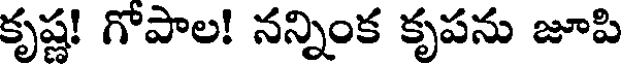
కృష్ణ! గోపాల! నన్నింక కృపను జూపి